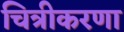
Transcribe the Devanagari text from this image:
चित्रीकरणा